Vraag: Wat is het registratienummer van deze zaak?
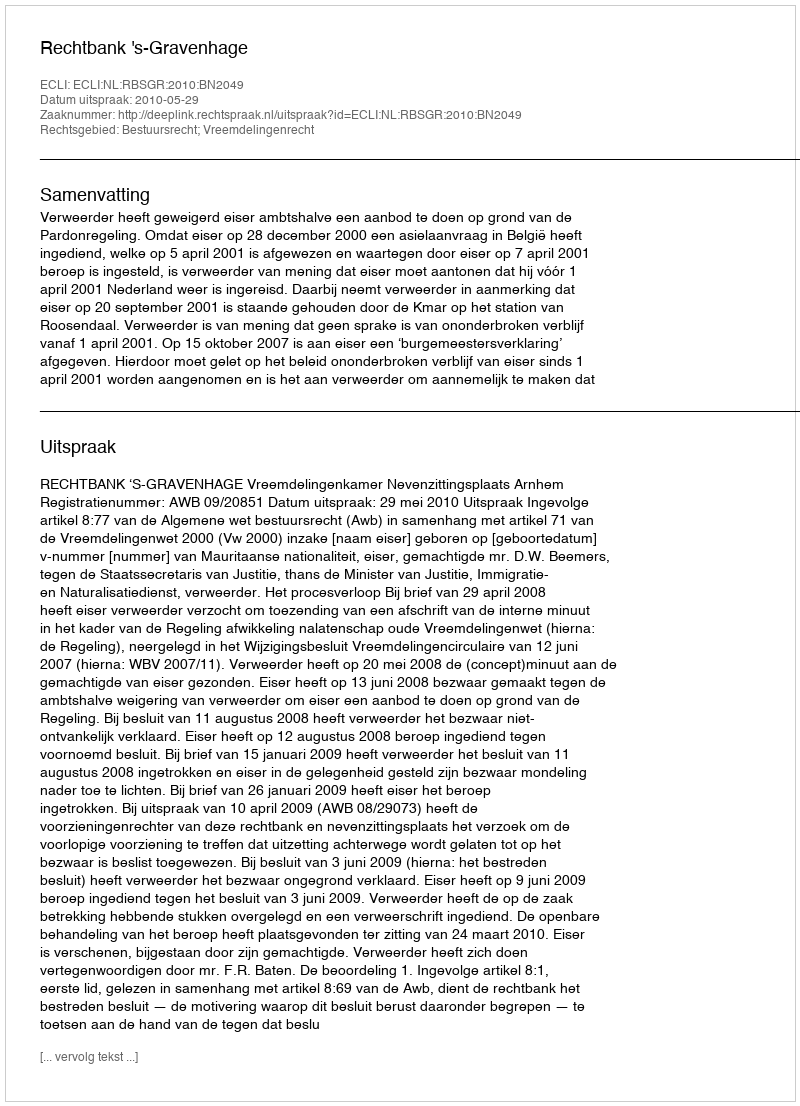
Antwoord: http://deeplink.rechtspraak.nl/uitspraak?id=ECLI:NL:RBSGR:2010:BN2049